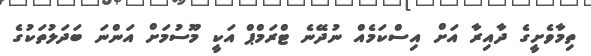
ތިމާވެށީގެ ދާއިރާ އަށް އިސްކަމެއް ނުދޭނެ ޓްރަމްޕް އަކީ މޫސުމަށް އަންނަ ބަދަލުތަކުގެ